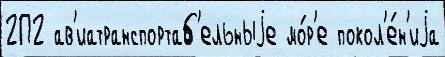
2П2 ав'иатранспортаб'ельныjе мо́р'е покол'е́н'иjа